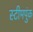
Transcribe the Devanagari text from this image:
स्टीमपुंक